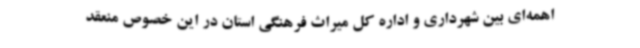
اهمه‌ای بین شهرداری و اداره کل میراث فرهنگی استان در این خصوص منعقد